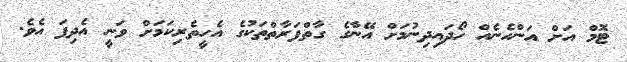
ޓޮމް އަށް އަންހެނެއް ހޯދައިދިނުމަށް އޭނާގެ ގާތްފަރާތްތަކުގެ އެހީތެރިކަމަށް ވަނީ އެދިފަ އެވެ.